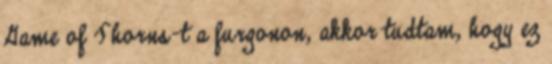
Game of Thorns-t a furgonon, akkor tudtam, hogy ez